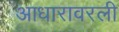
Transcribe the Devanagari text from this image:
आधारावरली